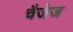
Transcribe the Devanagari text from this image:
चैजेज